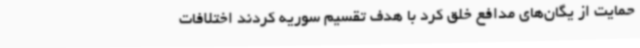
حمایت از یگان‌های مدافع خلق کرد با هدف تقسیم سوریه کردند اختلافات